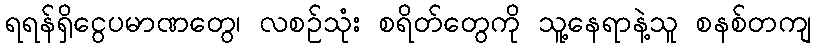
ရရန်ရှိငွေပမာဏတွေ၊ လစဉ်သုံး စရိတ်တွေကို သူ့နေရာနဲ့သူ စနစ်တကျ